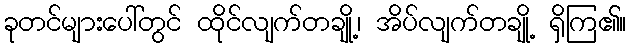
ခုတင်များပေါ်တွင် ထိုင်လျက်တချို့၊ အိပ်လျက်တချို့ ရှိကြ၏။